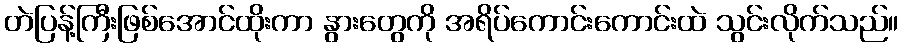
တဲပြန့်ကြီးဖြစ်အောင်ထိုးကာ နွားတွေကို အရိပ်ကောင်းကောင်းထဲ သွင်းလိုက်သည်။